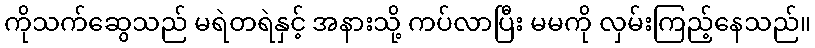
ကိုသက်ဆွေသည် မရဲတရဲနှင့် အနားသို့ ကပ်လာပြီး မမကို လှမ်းကြည့်နေသည်။